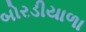
બોરડીયાળા